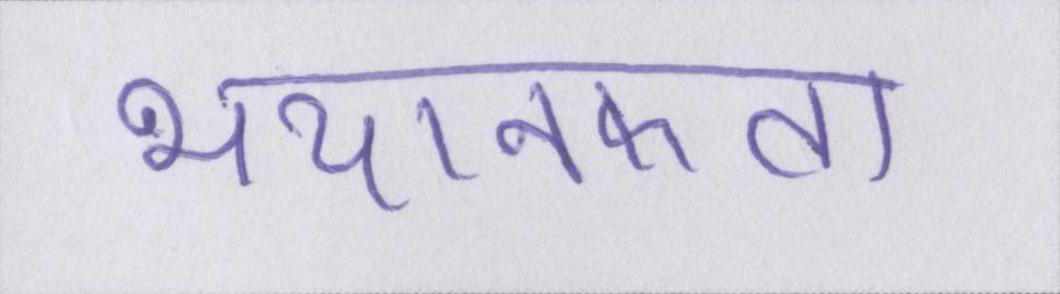
भयानकता